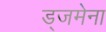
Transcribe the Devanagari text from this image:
ड्जमेना